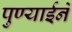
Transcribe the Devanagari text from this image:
पुण्याईनें